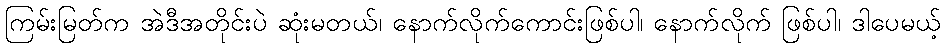
ကြမ်းမြတ်က အဲဒီအတိုင်းပဲ ဆုံးမတယ်၊ နောက်လိုက်ကောင်းဖြစ်ပါ၊ နောက်လိုက် ဖြစ်ပါ၊ ဒါပေမယ့်